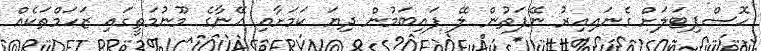
ހޮސްޕިޓަލަށް ގެނައިއިރު ނޭފަތުން ލޭ ފައިބަމުން ދިޔަ ކަމަށާއި އޭނާގެ މޫނުމަތީގައި ޒަހަމްތަކެއް